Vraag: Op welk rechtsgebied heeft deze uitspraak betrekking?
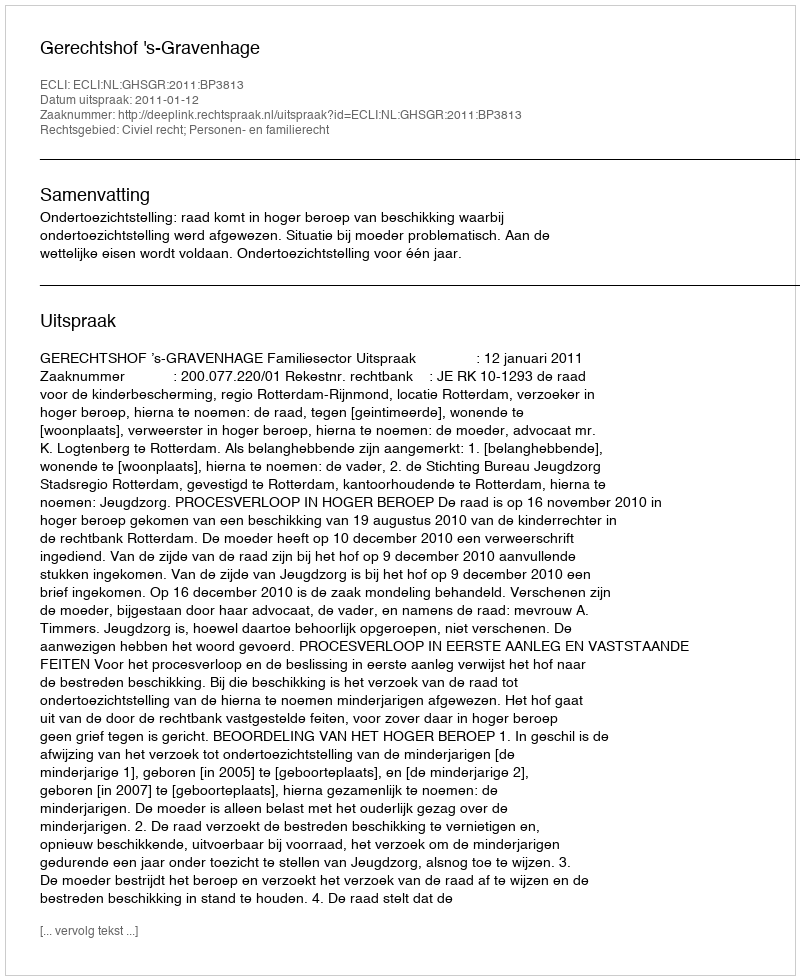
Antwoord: Civiel recht; Personen- en familierecht